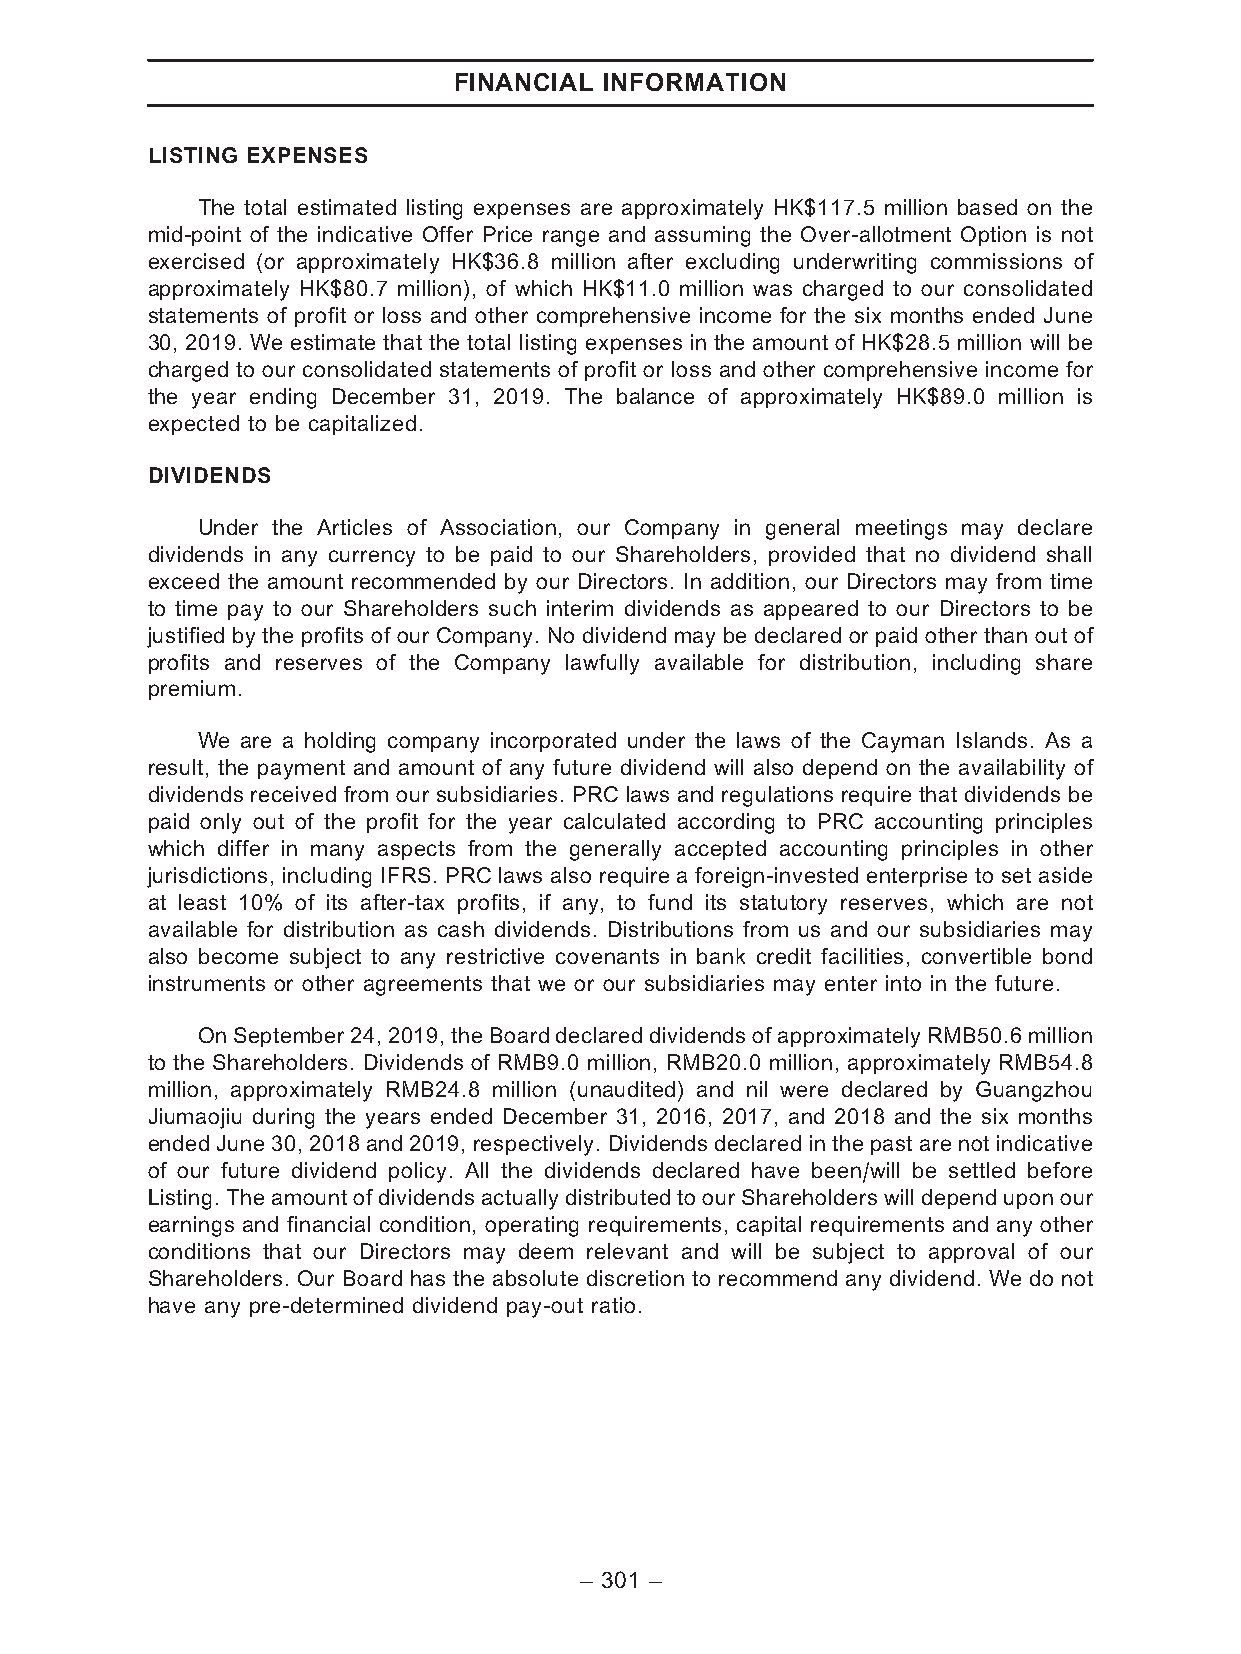
FINANCIAL INFORMATION
 LISTING EXPENSES
 The total estimated listing expenses are approximately HK$117.5 million based on the
 mid-point of the indicative Offer Price range and assuming the Over-allotment Option is not
 exercised (or approximately HK$36.8 million after excluding underwriting commissions of
 approximately HK$80.7 million), of which HK$11.0 million was charged to our consolidated
 statements of profit or loss and other comprehensive income for the six months ended June
 30, 2019. We estimate that the total listing expenses in the amount of HK$28.5 million will be
 charged to our consolidated statements of profit or loss and other comprehensive income for
 the year ending December 31, 2019. The balance of approximately HK$89.0 million is
 expected to be capitalized.
 DIVIDENDS
 Under the Articles of Association, our Company in general meetings may declare
 dividends in any currency to be paid to our Shareholders, provided that no dividend shall
 exceed the amount recommended by our Directors. In addition, our Directors may from time
 to time pay to our Shareholders such interim dividends as appeared to our Directors to be
 justified by the profits of our Company. No dividend may be declared or paid other than out of
 profits and reserves of the Company lawfully available for distribution, including share
 premium.
 We are a holding company incorporated under the laws of the Cayman Islands. As a
 result, the payment and amount of any future dividend will also depend on the availability of
 dividends received from our subsidiaries. PRC laws and regulations require that dividends be
 paid only out of the profit for the year calculated according to PRC accounting principles
 which differ in many aspects from the generally accepted accounting principles in other
 jurisdictions, including IFRS. PRC laws also require a foreign-invested enterprise to set aside
 at least 10% of its after-tax profits, if any, to fund its statutory reserves, which are not
 available for distribution as cash dividends. Distributions from us and our subsidiaries may
 also become subject to any restrictive covenants in bank credit facilities, convertible bond
 instruments or other agreements that we or our subsidiaries may enter into in the future.
 On September24, 2019,theBoard declareddividendsof approximatelyRMB50.6million
 to the Shareholders. Dividends of RMB9.0 million, RMB20.0 million, approximately RMB54.8
 million, approximately RMB24.8 million (unaudited) and nil were declared by Guangzhou
 Jiumaojiu during the years ended December 31, 2016, 2017, and 2018 and the six months
 ended June 30, 2018 and 2019, respectively. Dividends declared in the past are not indicative
 of our future dividend policy. All the dividends declared have been/will be settled before
 Listing.TheamountofdividendsactuallydistributedtoourShareholderswilldependuponour
 earnings and financial condition, operating requirements, capital requirements and any other
 conditions that our Directors may deem relevant and will be subject to approval of our
 Shareholders. Our Board has the absolute discretion to recommend any dividend. We do not
 have any pre-determined dividend pay-out ratio.
 – 301 –